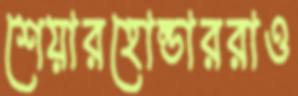
শেয়ারহোল্ডাররাও